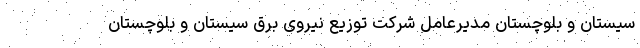
سیستان و بلوچستان مدیرعامل شرکت توزیع نیروی برق سیستان و بلوچستان